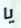
يا